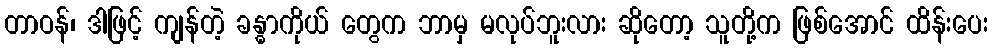
တာဝန်၊ ဒါဖြင့် ကျန်တဲ့ ခန္ဓာကိုယ် တွေက ဘာမှ မလုပ်ဘူးလား ဆိုတော့ သူတို့က ဖြစ်အောင် ထိန်းပေး